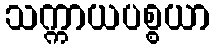
သက္ကာယပစ္စယာ